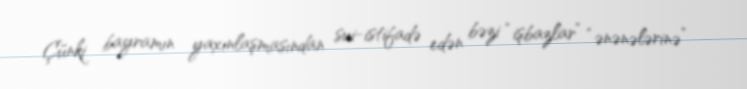
Çünki bayramın yaxınlaşmasından sui-istifadə edən bəzi “işbazlar” “ənənələrinə”